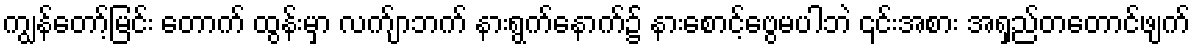
ကျွန်တော့်မြင်း တောက် ထွန်းမှာ လက်ျာဘက် နားရွက်နောက်၌ နားစောင့်ဗွေမပါဘဲ ၎င်းအစား အရှည်တတောင်ဖျက်